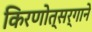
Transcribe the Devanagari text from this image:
किरणोत्‍सर्गाने